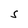
Character: S